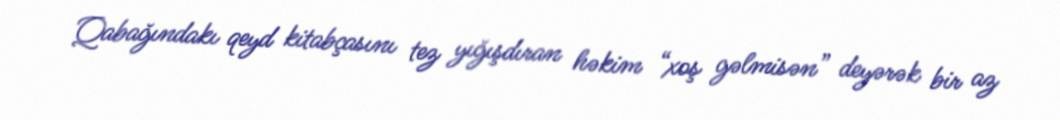
Qabağındakı qeyd kitabçasını tez yığışdıran həkim “xoş gəlmisən” deyərək bir az